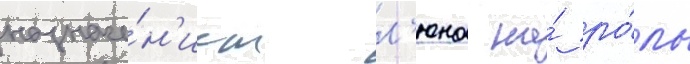
назначе́н'ием л'юна на́ ро́ль